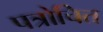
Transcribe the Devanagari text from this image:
पत्रोचित